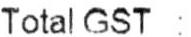
TOTAL GST :